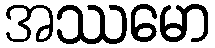
အဿမော